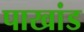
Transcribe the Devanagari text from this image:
पाखांड